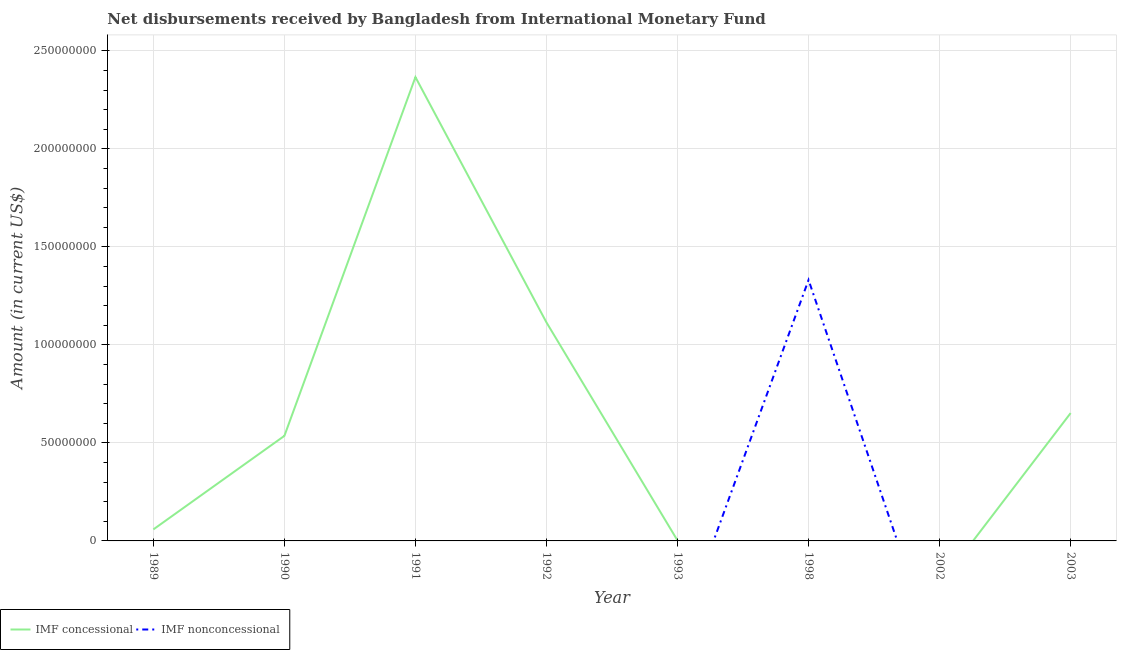
| Year | IMF concessional | IMF nonconcessional |
 | --- | --- | --- |
 | 1989 | 5.87e+06 | -1.06e+08 |
 | 1990 | 5.36e+07 | -1.94e+08 |
 | 1991 | 2.37e+08 | -1.42e+08 |
 | 1992 | 1.11e+08 | -7.77e+07 |
 | 1993 | 2.14e+05 | -5.04e+07 |
 | 1998 | -1.01e+08 | 1.33e+08 |
 | 2002 | -2.23e+07 | -6.35e+07 |
 | 2003 | 6.52e+07 | -6.86e+07 |